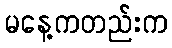
မနေ့ကတည်းက